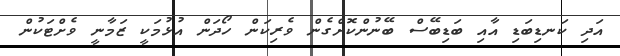
އަދި ކަނޑިބަޑި އާއި ބަޑިބޭސް ބޭނުންކޮށްގެން ވެރިކަން ހޯދަން އުޅުމަކީ ޒަމާނީ ވެށްޓަކުން